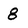
Character: 8